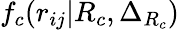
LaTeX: f_{c}(r_{ij}|R_{c},\Delta_{R_{c}})